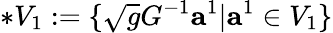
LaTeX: *V_{1}:=\{ \sqrt{g}G^{-1}{\mathbf a}^{1}|{\mathbf a}^{1}\in V_{1}\}